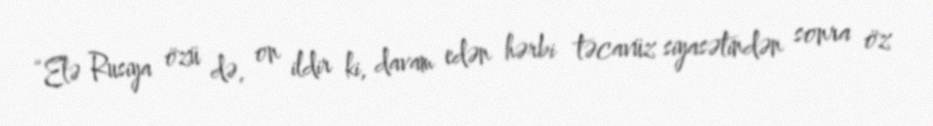
“Elə Rusiya özü də, on ildir ki, davam edən hərbi təcavüz siyasətindən sonra öz